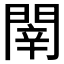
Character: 𨴲